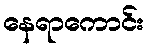
နေရာကောင်း